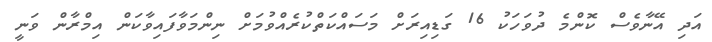
އަދި އޭނާވެސް ކޮންމެ ދުވަހަކު 16 ގަޑިއިރަށް މަސައްކަތްކުރެއްވުމަށް ނިންމަވާފައިވާކަން އިމްރާން ވަނީ